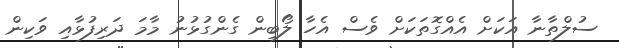
ސުލްތާނާ އަކަށް އެއްގޮތަކަށް ވެސް އެހާ ލޯބިން ގެންގުޅުނު މާމަ ދަރިފުޅާއި ވަކިން